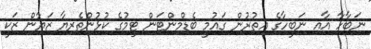
ނަބާހާ އާއި ނަބީހާގެ އިތުރުން ގައުމީ ބެޑްމިންޓަން ޓީމުގެ ކުޅުންތެރިޔާ ޒަޔާން ޒަކީ